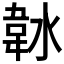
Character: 𱂀